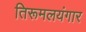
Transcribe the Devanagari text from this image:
तिरूमलयंगार